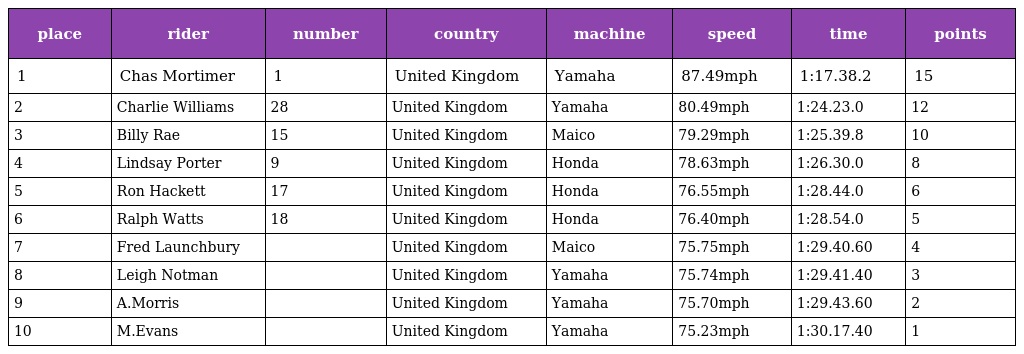
| place | rider | number | country | machine | speed | time | points |
 | --- | --- | --- | --- | --- | --- | --- | --- |
 | 1 | Chas Mortimer | 1 | United Kingdom | Yamaha | 87.49mph | 1:17.38.2 | 15 |
 | 2 | Charlie Williams | 28 | United Kingdom | Yamaha | 80.49mph | 1:24.23.0 | 12 |
 | 3 | Billy Rae | 15 | United Kingdom | Maico | 79.29mph | 1:25.39.8 | 10 |
 | 4 | Lindsay Porter | 9 | United Kingdom | Honda | 78.63mph | 1:26.30.0 | 8 |
 | 5 | Ron Hackett | 17 | United Kingdom | Honda | 76.55mph | 1:28.44.0 | 6 |
 | 6 | Ralph Watts | 18 | United Kingdom | Honda | 76.40mph | 1:28.54.0 | 5 |
 | 7 | Fred Launchbury |  | United Kingdom | Maico | 75.75mph | 1:29.40.60 | 4 |
 | 8 | Leigh Notman |  | United Kingdom | Yamaha | 75.74mph | 1:29.41.40 | 3 |
 | 9 | A.Morris |  | United Kingdom | Yamaha | 75.70mph | 1:29.43.60 | 2 |
 | 10 | M.Evans |  | United Kingdom | Yamaha | 75.23mph | 1:30.17.40 | 1 |